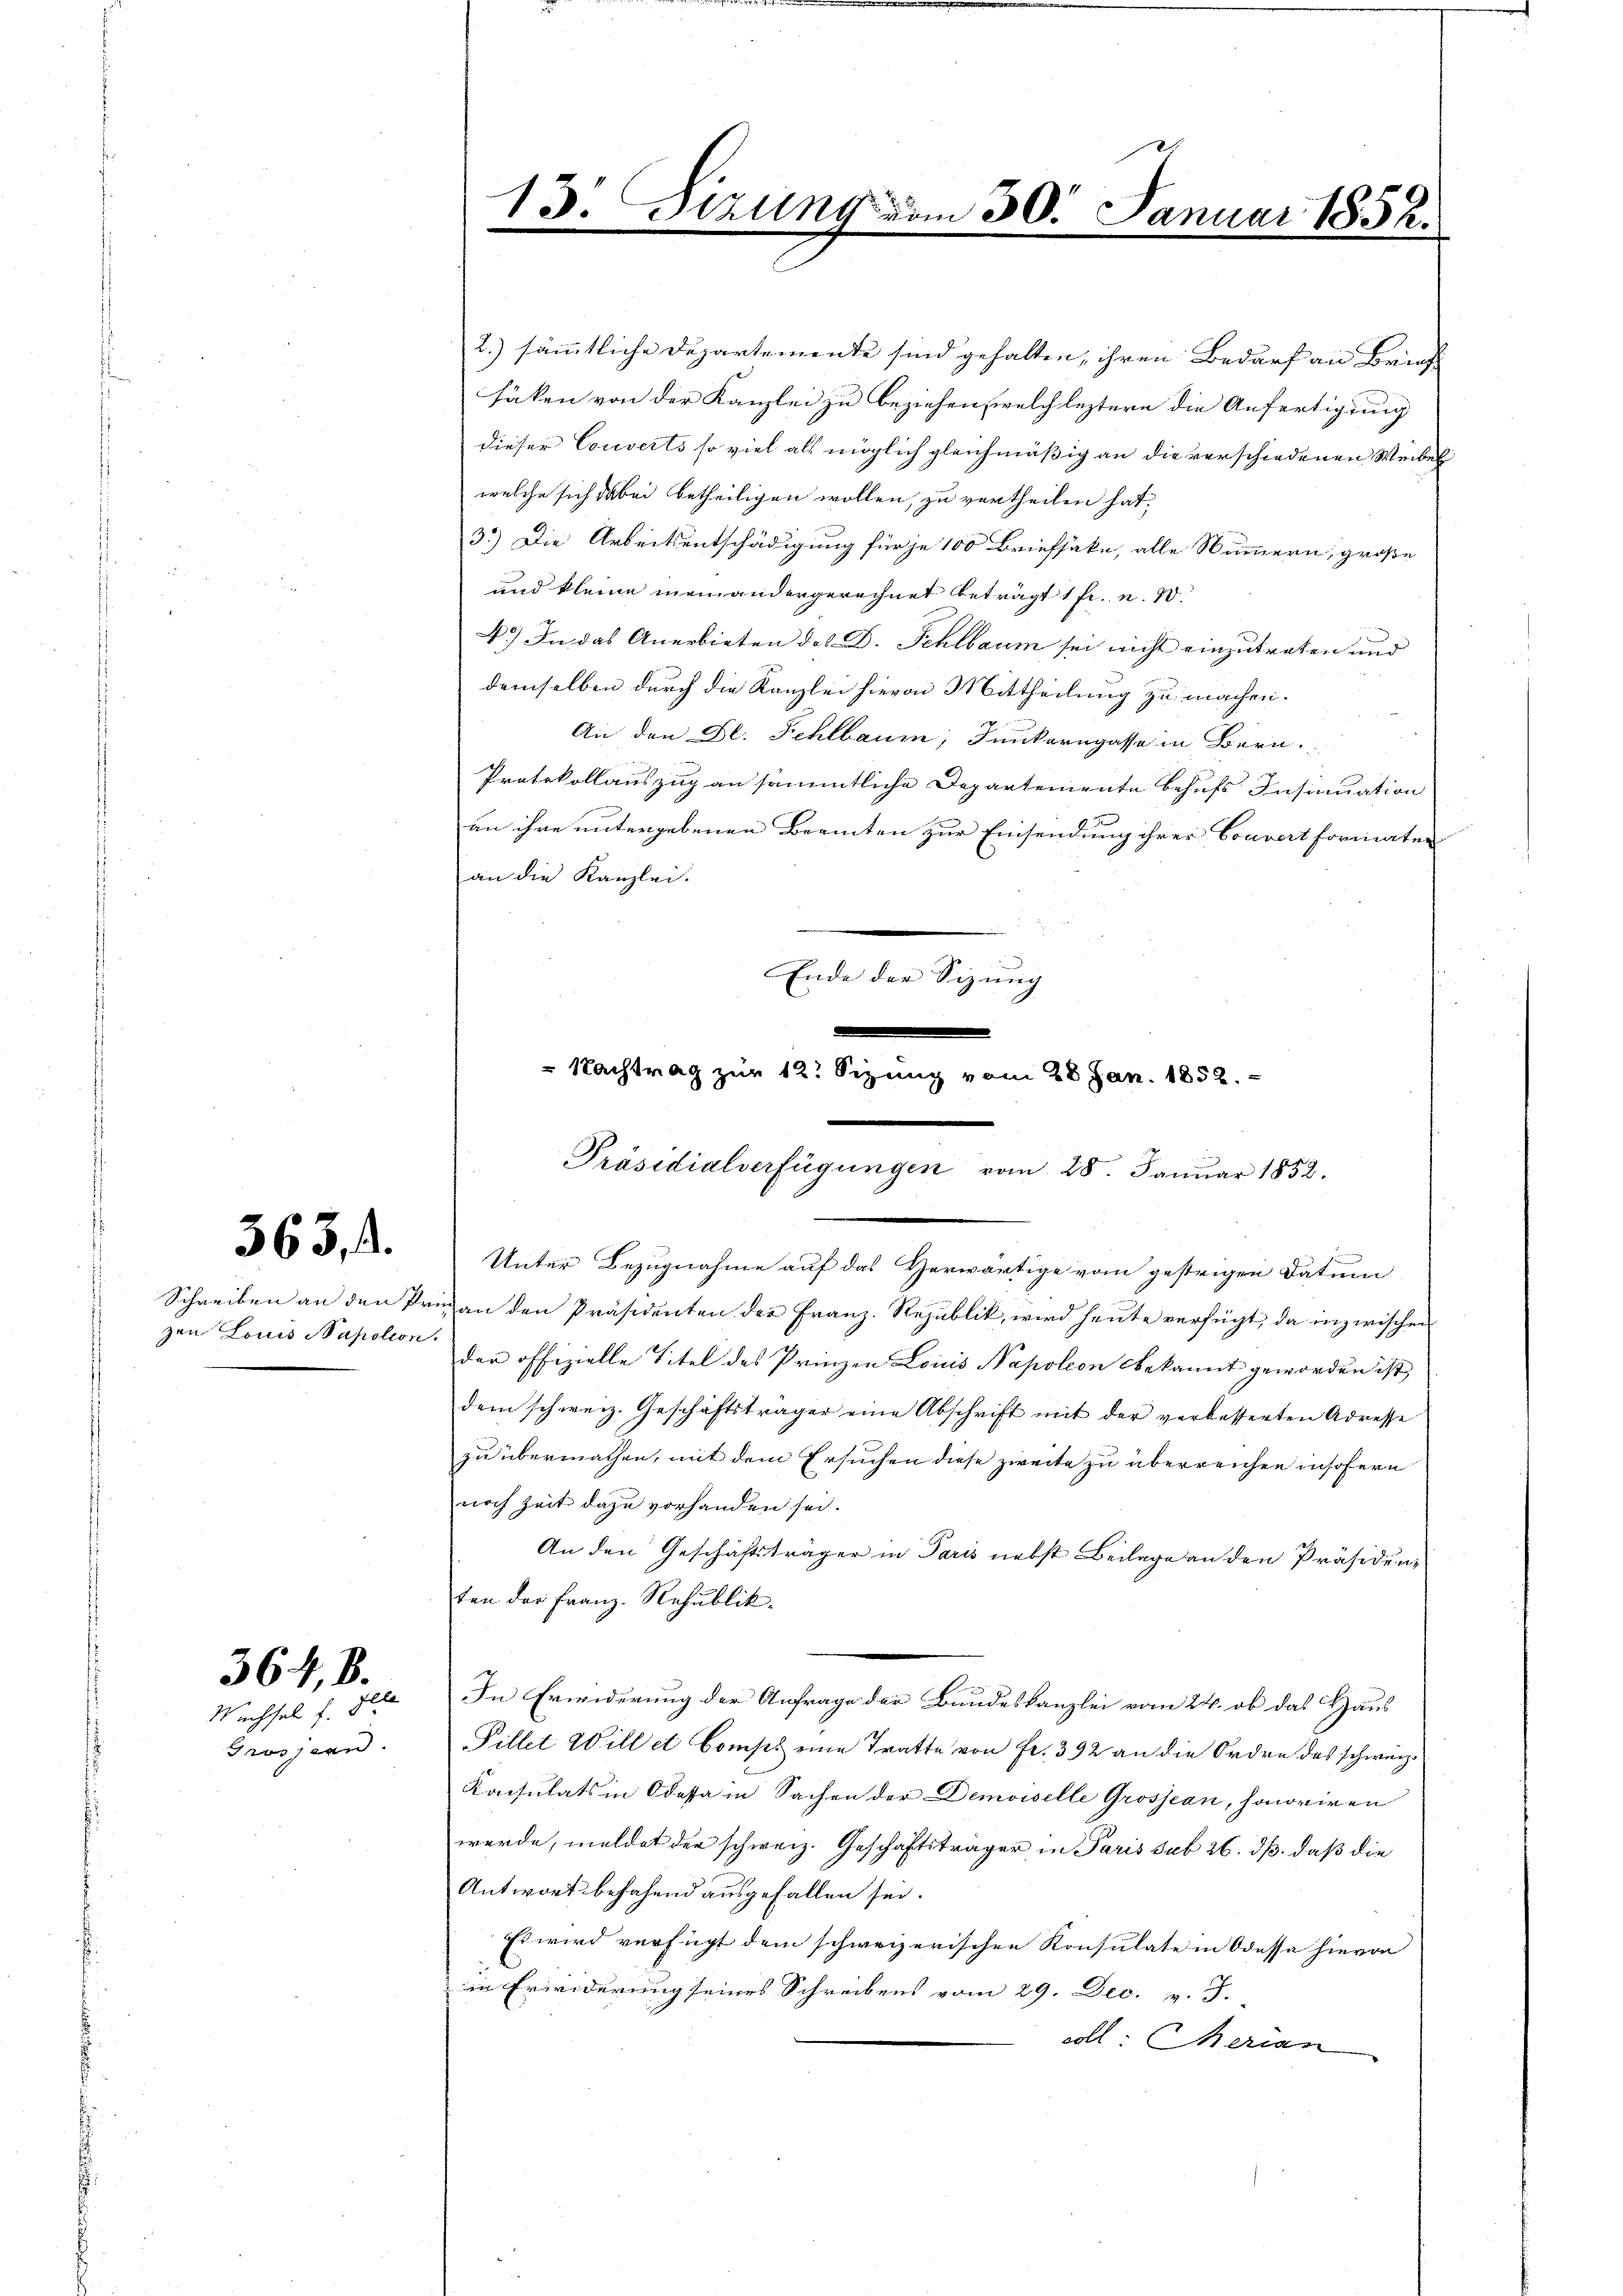
563, 4.

Schreiben an den Pr
zen Louis Napolion.

Müchsel f. gele
Grossern

364, B.

13. Sizung vom 30. Januar 1852.
e
u

2.) sämmtliche Departemente sind gehalten, ihren Bedarf an Brief
fäken von der Kanzlei zu beziehen, welch leztere die Anfertigung
dieser Couverts so viel als möglich gleichmäßig an die verschiedenen Weibel
welche sich dabei betheiligen wollen, zu vortheilen hat,
3.) Die Arbeitsentschädigung für je 100 Briefsake, alle Nummern, große
und kleine meinandergerechnet beträgt 1 fr. n. 20.
4.) In das Anerbieten des D. Schlbaum sei nicht einzutreten und
demselben durch die Kanzlei hievon Mittheilung zu machen.
An den Dr. Fehlbaum, Funkorngasse in Bern
Protokollauszug an sämmtliche Departemente behufs Insinuation
an ihre untergebenen Beamten zur Einsendung ihrer Couvert formaten
an die Kanzlei.
Ende der Sizung
Unter Bezugnahme auf das Herwärtige vom gestrigen Datum
un an den Präsidenten der Franz-Republik, wird heute verfügt, da inzwischen
der offizielle Titel des Prinzen Louis Napoleon bekannt geworden ist
dem schweiz. Geschäftsträger eine Abschrift mit der verbesserten Adresse
zu übermachen, mit dem Ersuchen diese zweite zu überreichen insofern
noch Zeit dazu vorhanden sei.
An den Geschäftsträger in Paris nebst Beilage an den Präsidenten der Franz. Republik
In Erwiderung der Anfrage der Bundeskanzlei vom 24. ob das Haus
Pillet Will et Const eine Tratte von Fr. 392 an die Ordre des schweiz.
Konsulats in dessa in Sachen der Demoiselle Grossean, honoriren
werde, meldet der schweiz. Geschäftsträger in Paris sub 26. ds. daß die
Antwort besahend ausgefallen sei.
Es wird verfügt dem schweizerischen Konsulate in Odessa hievon
in Erwiderung seines Schreibens vom 29. Dec. v. J.
all: Merian

Nachtrag zur 12. Sizung vom 28. Jan. 1852.
Präsidialverfügungen vom 28. Januar 1852.